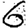
Digit: 6